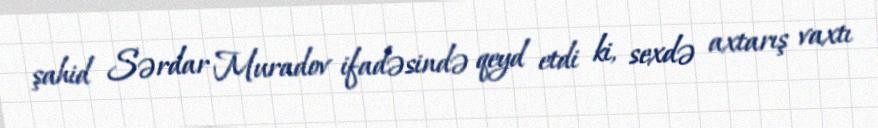
şahid Sərdar Muradov ifadəsində qeyd etdi ki, sexdə axtarış vaxtı